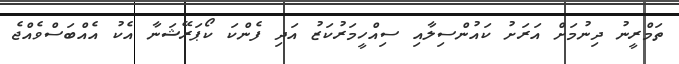
ތަމްރީނު ދިނުމަށް އަރަށު ކައުންސިލާއި ސިއްހީމަރުކަޒު އަދި ފެންކަ ކޯޕަރޭޝަނާ އެކު އެއްބަސްވެއްޖެ